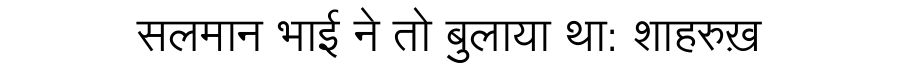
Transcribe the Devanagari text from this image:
सलमान भाई ने तो बुलाया था: शाहरुख़